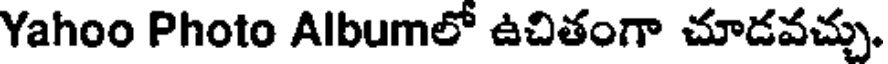
Yahoo Photo Albumలో ఉచితంగా చూడవచ్చు.